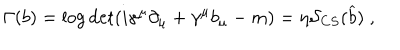
\Gamma ( b ) = \log \det ( i \gamma ^ { \mu } \partial _ { \mu } + \gamma ^ { \mu } b _ { \mu } - m ) = \eta { \cal S } _ { C S } ( \widehat { b } ) \; ,